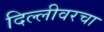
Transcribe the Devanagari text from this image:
दिल्लीवरचा